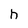
Character: h